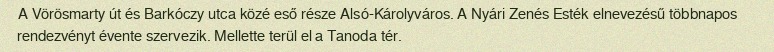
A Vörösmarty út és Barkóczy utca közé eső része Alsó-Károlyváros. A Nyári Zenés Esték elnevezésű többnapos rendezvényt évente szervezik. Mellette terül el a Tanoda tér.